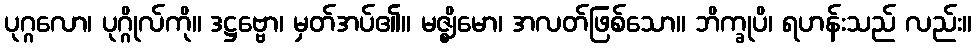
ပုဂ္ဂလော၊ ပုဂ္ဂိုလ်ကို။ ဒဋ္ဌဗ္ဗော၊ မှတ်အပ်၏။ မဇ္ဈိမော၊ အလတ်ဖြစ်သော။ ဘိက္ခုပိ၊ ရဟန်းသည် လည်း။